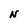
Character: N